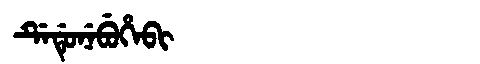
Manchu: ᡩᡝᡩᡠᠨᡝᠪᡠᡥᡝᠪᡳ
Romanization: DEDUNEBUHEBI